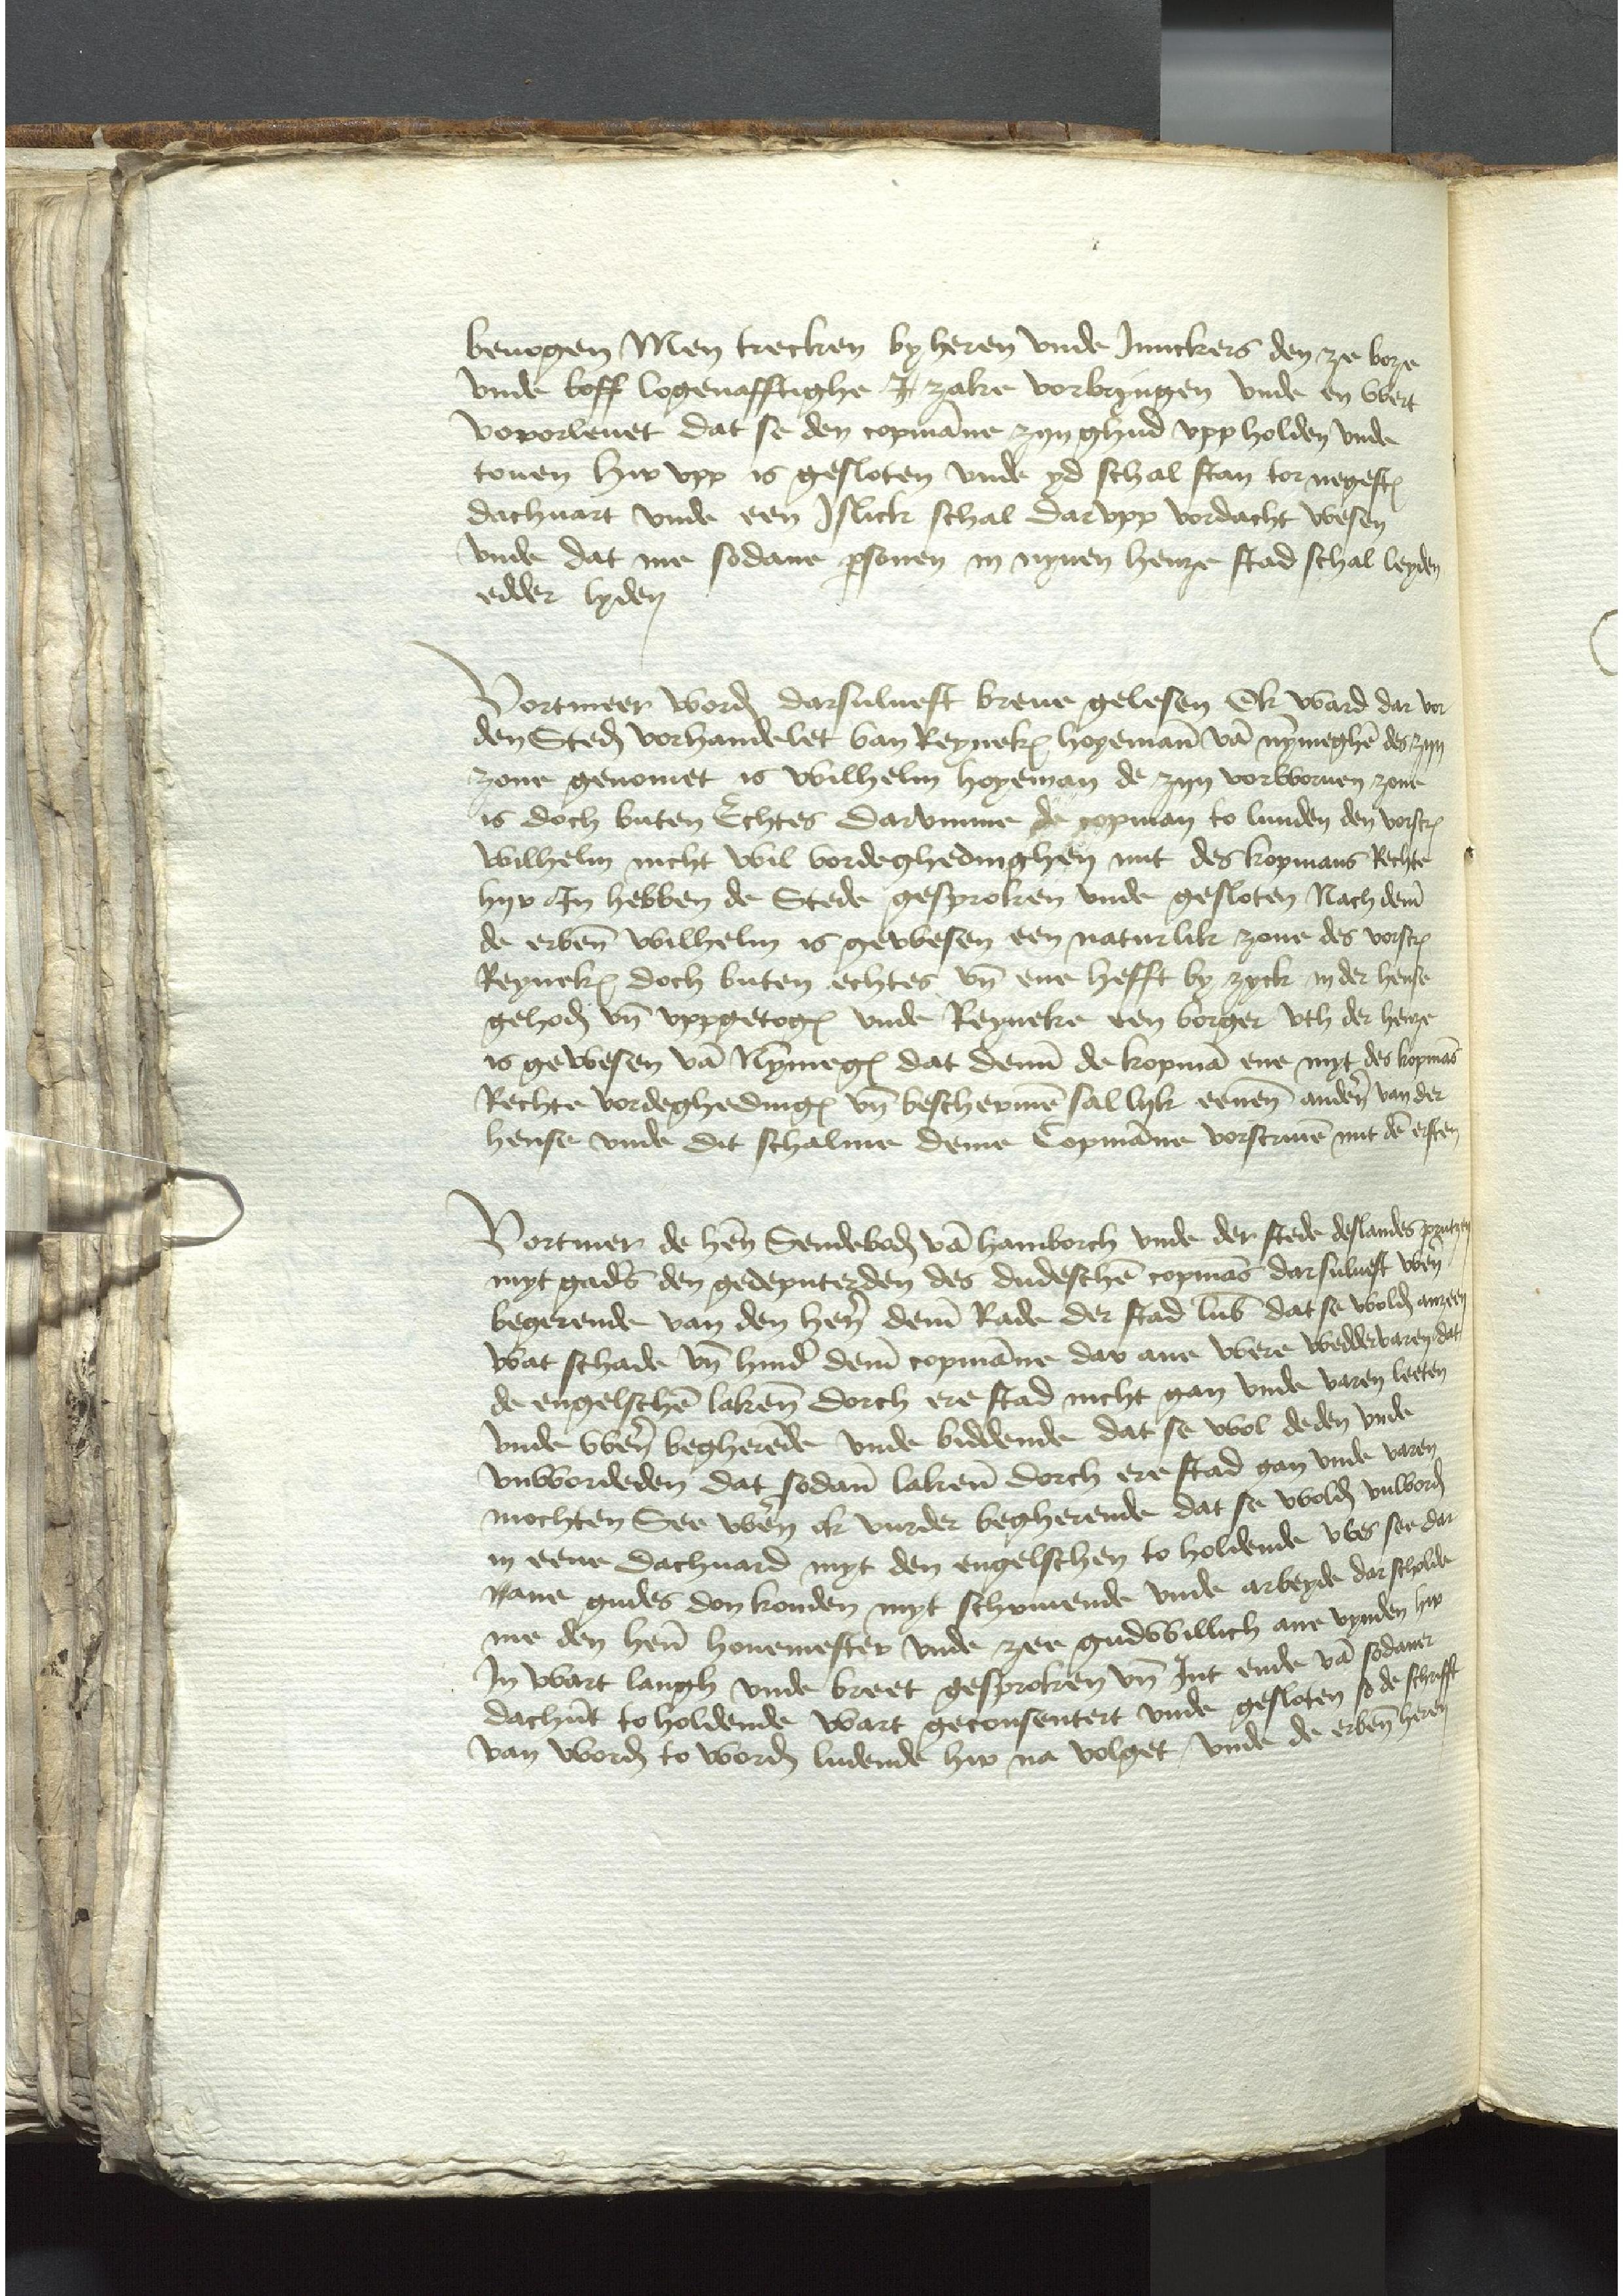
beuogen Men trecken by heren vnde Junckers den ze boze
vnde boff logenafftighe J zake vorbryngen vnde en wert
vororleuet dat se den copmanne zyn ghud vpp holden vnde
touen hir vpp is gesloten vnde yd schal stan tor negesten
dachuart vnde een Jslick schal dar vpp vordacht wesen
vnde dat me sodane personen in nynen henze stad schal leyden
edder lyden

Vortmeer worden darsuluest breue gelesen ok ward dar vor
den Steden vorhandelet van Reyneken Hoyemann van Nymeghen des zyn
zone genomet is Wilhelm Hoyeman de zyn vorworuen zone
is doch buten Echtes Darvmme de copman to Lunden den vorscreuen
Wilhelm nicht wil vordeghedinghen mit des kopmans Rechte
hyr Jn hebben de Stede gesproken vnde gesloten Nach deme
de erbenomeden Wilhelm is gewesen een naturlik zone des vorscreuen
Reynekes doch buten echtes vnd ene hefft by zyck in der hense
gehoden vnd vppgetogen vnde Reyneke een borger vth der henze
is gewesen van Nymmeges dat denne de kopman ene myt des kopmans
Recht vordeghedingen vnd beschermen sal lyk eenen anderen van der
henste vnde dit schalme deme Copmanne vorscreuen mit den ersten

Vortmer de heren Sendeboden van Hamborch vnde der stede deslandes Prutzen
myt gades den gedeputerden des dudeschen copmans darsuluest wen
begerende van den heren deme Rade der stad Lubeke dat se wolden anzeen
wat schade vnd hinder deme copmanne dar ane were weddervaren dat
de engelschen lakenen dorch ere stad nicht gan vnde varen leeten
vnde were begherende vnde biddende dat se wol de den vnde
vnwordeden dat sodanen lakene dorch ere stad gan vnde varen
mochten See weren ok vurder begherende dat se wolden vulborden
in eene dachuard myt den engelschen to holdende wes see dar
wane gudes don konden myt schrivende vnde arbeyde dar scholde
me den heren houemester vnde zee gudwillich ane vynden hir
Jn wart langh vnde breet gesproken vnd Jnt ende van sodaner
dachuart to holdende wart geconsentert vnde gesloten schafft
van worden to worden ludende hir na volget vnde de erbenomden heren